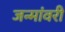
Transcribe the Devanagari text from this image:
जन्मांवरी